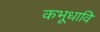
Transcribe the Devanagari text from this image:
कभूधावि